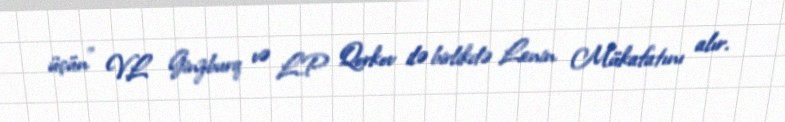
üçün" V.L Ginzburq və L.P Qorkov ilə birlikdə Lenin Mükafatını alır.